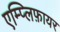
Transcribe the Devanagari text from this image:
एम्प्लिफ़ायर